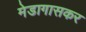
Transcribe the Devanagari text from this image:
मेडागासकर